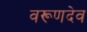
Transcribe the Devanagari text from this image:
वरूणदेव